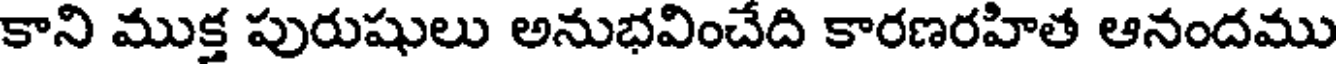
కాని ముక్త పురుషులు అనుభవించేది కారణరహిత ఆనందము